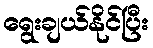
ရွေးချယ်နိုင်ပြီး